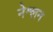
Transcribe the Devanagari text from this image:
नेश्लन